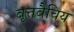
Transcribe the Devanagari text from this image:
वृत्तवैचिय